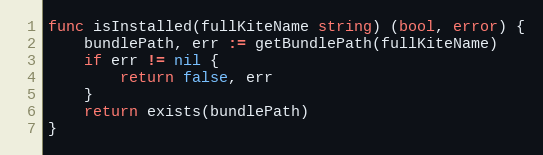
Language: Go
func isInstalled(fullKiteName string) (bool, error) {
	bundlePath, err := getBundlePath(fullKiteName)
	if err != nil {
		return false, err
	}
	return exists(bundlePath)
}